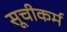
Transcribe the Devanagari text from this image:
सूचीकर्म